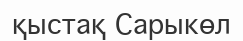
қыстақ Сарыкөл